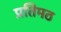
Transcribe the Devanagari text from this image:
प्रतिमठ